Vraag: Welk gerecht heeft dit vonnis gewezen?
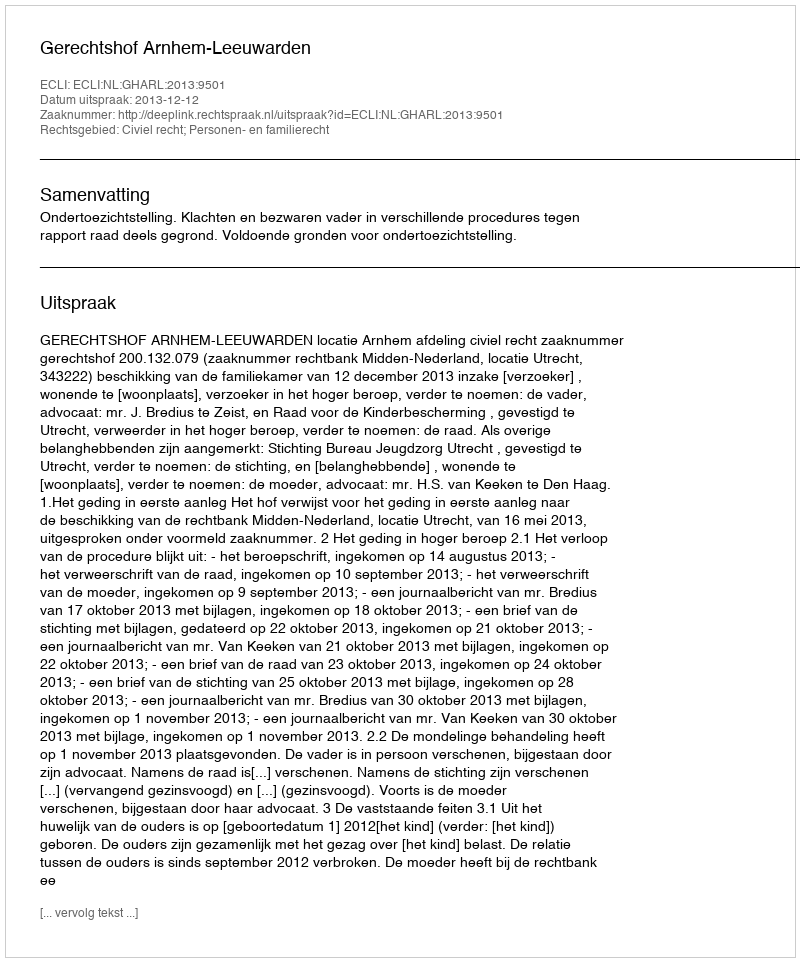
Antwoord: Gerechtshof Arnhem-Leeuwarden